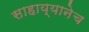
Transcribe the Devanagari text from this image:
साहाय्यानेच